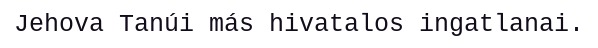
Jehova Tanúi más hivatalos ingatlanai.